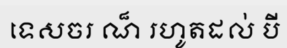
ទេសចរ ណ៏ រហូតដល់ បី